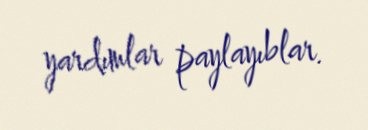
yardımlar paylayıblar.